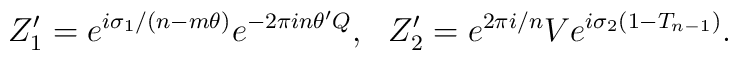
Z'_1 = e^{i\sigma_1/(n-m\theta)} e^{-2\pi i n \theta' Q},~~Z'_2= e^{2\pi i/n}V e^{i\sigma_2(1-T_{n-1})}.